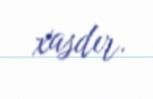
xasdır.